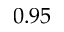
0 . 9 5